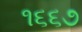
૧૬૬૭